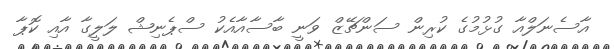
އާސެނަލްއާ ގުޅުމުގެ ކުރިން ސަންޗޭޒް ވަނީ ބާސާއާއެކު ސްޕެނިޝް ލަލީގާ އާއި ކޮޕާ